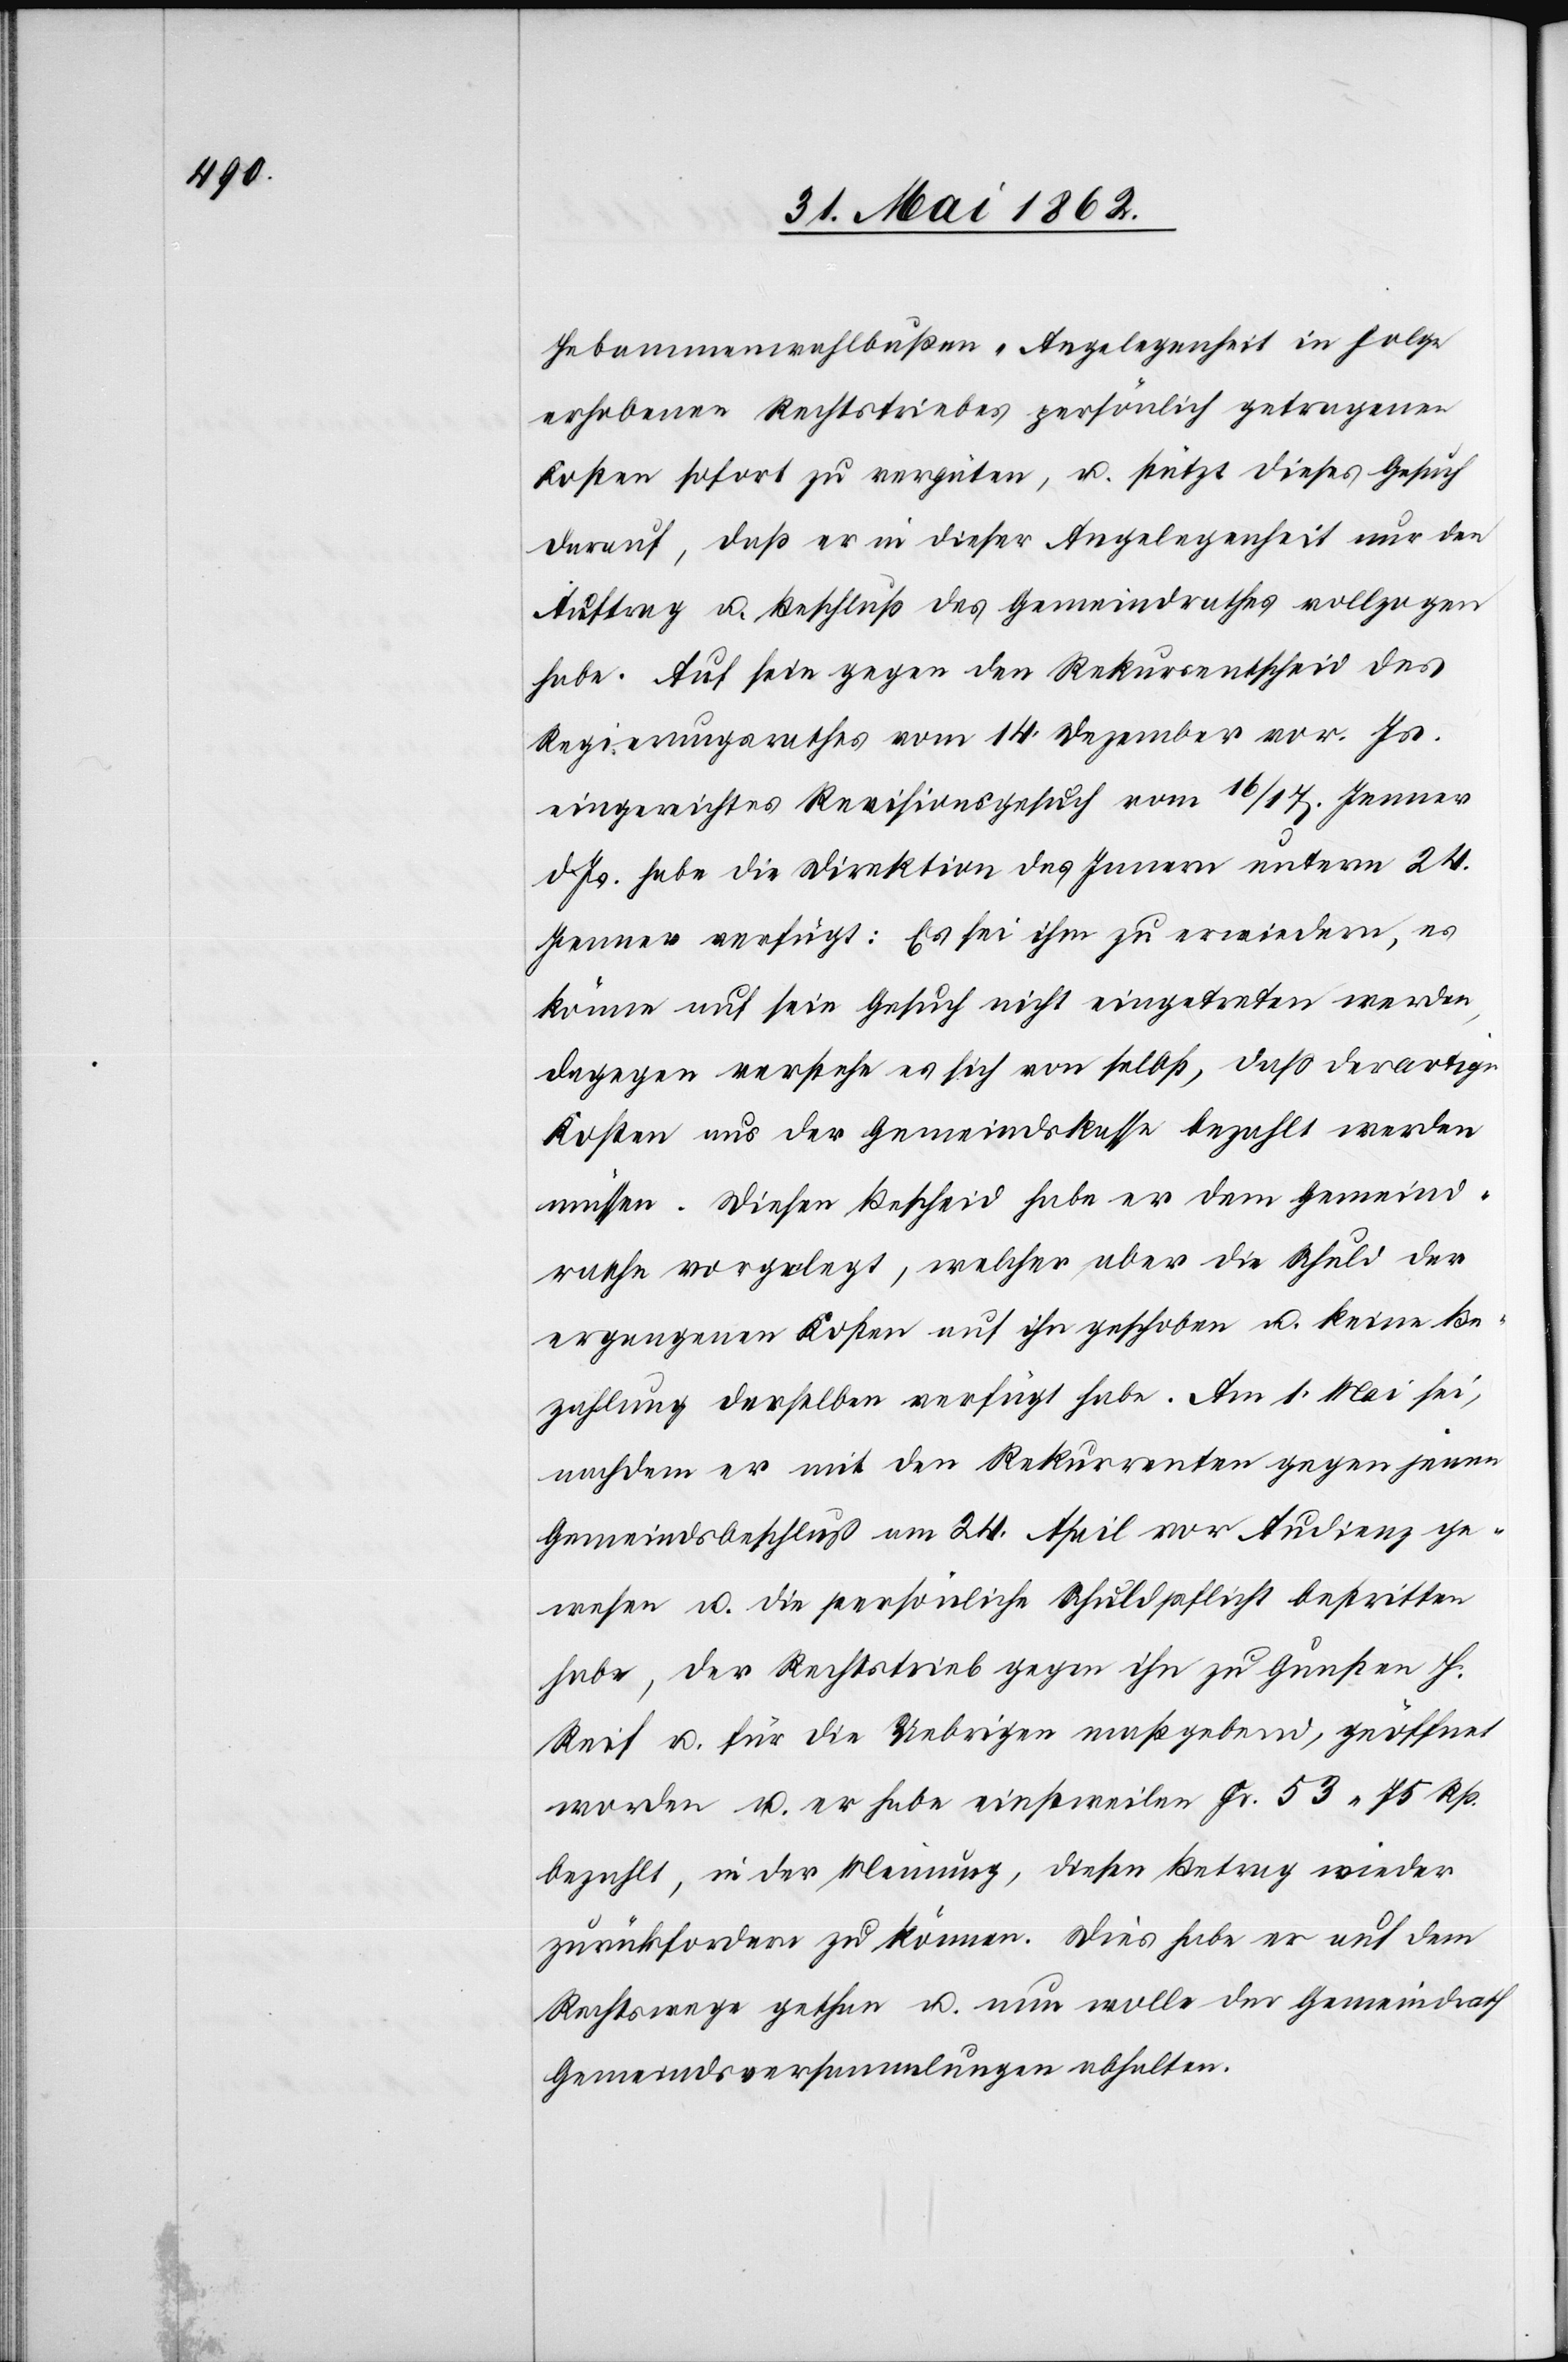
Hebammenwahlbußen-Angelegenheit in Folge
erhobenen Rechtstriebes persönlich getragenen
Kosten sofort zu vergüten, u. stützt dieses Gesuch
darauf, daß er in dieser Angelegenheit nur den
Auftrag u. Beschluß des Gemeindrathes vollzogen
habe. Auf sein gegen den Rekursentscheid des
Regierungsrathes vom 14. Dezember vor. Js.
eingereichtes Revisionsgesuch vom 16./17. Jenner
d. Js. habe die Direktion des Innern unterm 24.
Jenner verfügt: Es sei ihm zu erwiedern, es
könne auf sein Gesuch nicht eingetreten werden,
dagegen verstehe es ich von selbst, daß derartige
Kosten aus der Gemeindskasse bezahlt werden
müssen. Diesen Bescheid habe er dem Gemeind¬
rathe vorgelegt, welcher aber die Schule der
ergangenen Kosten auf ihn geschoben u. keine Be¬
zahlung derselben verfügt habe. Am 1. Mai sei,
nachdem er mit den Rekurrenten gegen jenen
Gemeindsbeschluß am 24. April vor Audienz ge¬
wesen u. die persönliche Schuldpflicht bestritten
habe, der Rechtstrieb gegen ihn zu Gunsten H.
Reif u. für die Uebrigen maßgebend, geöffnet
worden u. er habe einstweilen Fr. 53 75 Rp.
bezahlt, in der Meinung, diesen Betrag wieder
zurückfordern zu können. Dies habe er auf dem
Rechtswege gethan u. nun wolle der Gemeindrath
Gemeindsversammlungen abhalten.